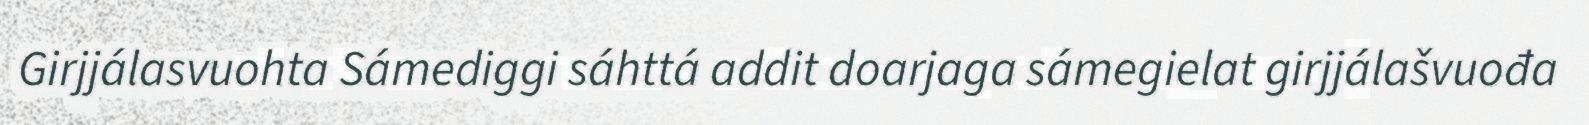
Girjjálasvuohta Sámediggi sáhttá addit doarjaga sámegielat girjjálašvuođa